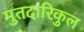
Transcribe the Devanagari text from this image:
मुतदारिकुल